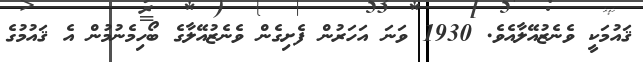
ޤައުމަކީ ވެނެޒުއޭލާއެވެ. 1930 ވަނަ އަހަރުން ފެށިގެން ވެނެޒުއޭލާގެ ބޯހިމެނުމުން އެ ޤައުމުގެ